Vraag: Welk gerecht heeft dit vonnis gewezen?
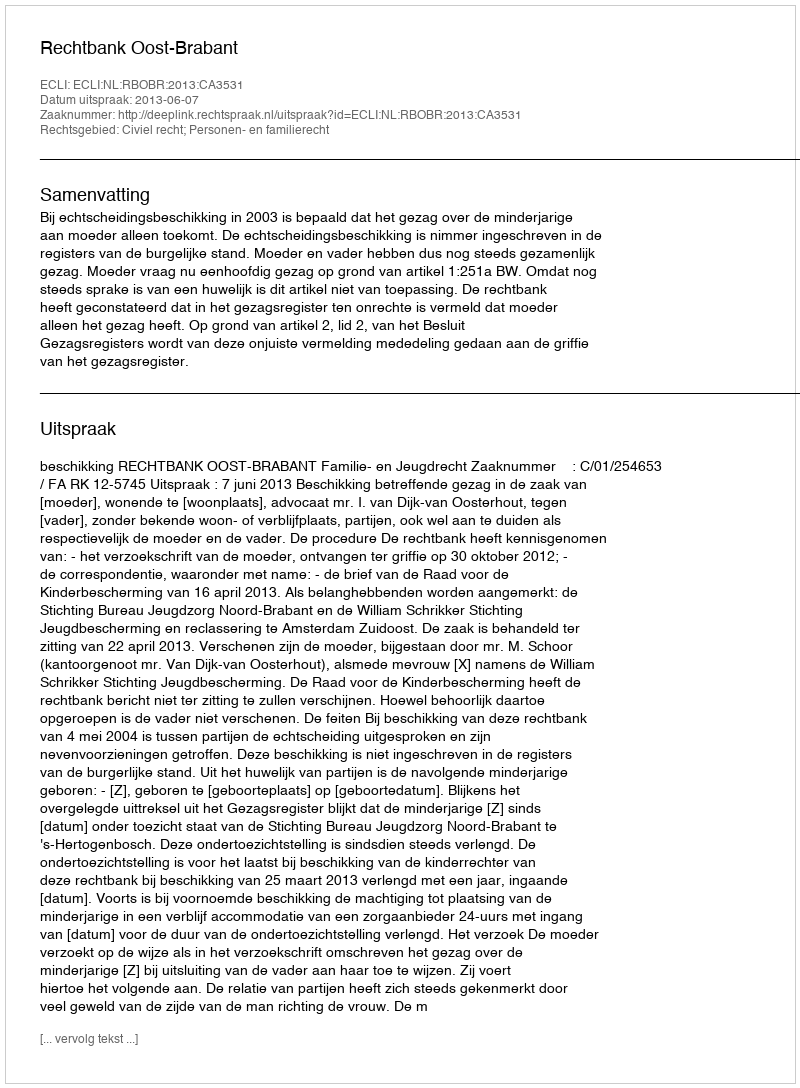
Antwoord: Rechtbank Oost-Brabant